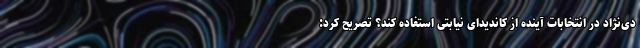
دی‌نژاد در انتخابات آینده از کاندیدای نیابتی استفاده کند؟ تصریح کرد: